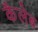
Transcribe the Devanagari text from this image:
कैलेब